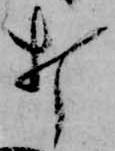
打